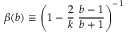
\beta ( b ) \equiv \left( 1 - \frac { 2 } { k } \; \frac { b - 1 } { b + 1 } \right) ^ { - 1 }